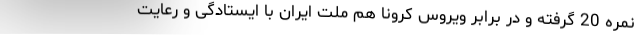
نمره 20 گرفته و در برابر ویروس کرونا هم ملت ایران با ایستادگی و رعایت